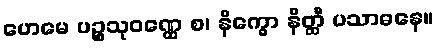
ဟေမေ ပဉ္စသုဝဏ္ဏေ စ၊ နိက္ခော နိတ္ထီ ပသာဓနေ။